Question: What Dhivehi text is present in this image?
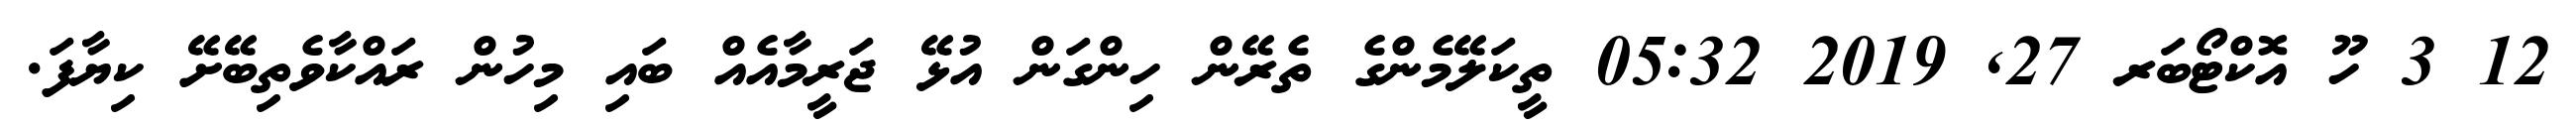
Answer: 12 3 ހޫ އޮކްޓޯބަރ 27, 2019 05:32 ތީކަލޭމެންގެ ތެރޭން ހިންގަން އުޅޭ ޖަރީމާއެއް ބައި މިހުން ރައްކާވެތިބޭށޭ ކިޔާފަ.